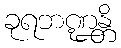
ခုရဘဏ္ဍန္တိ